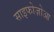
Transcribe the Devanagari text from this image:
साइफोज़ोआ